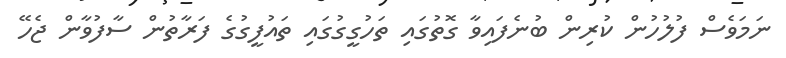
ނަމަވެސް ފުލުހުން ކުރިން ބުނެފައިވާ ގޮތުގައި ތަހުގީގުގައި ތައުފީގުގެ ފަރާތުން ސާފުވާން ޖެހޭ